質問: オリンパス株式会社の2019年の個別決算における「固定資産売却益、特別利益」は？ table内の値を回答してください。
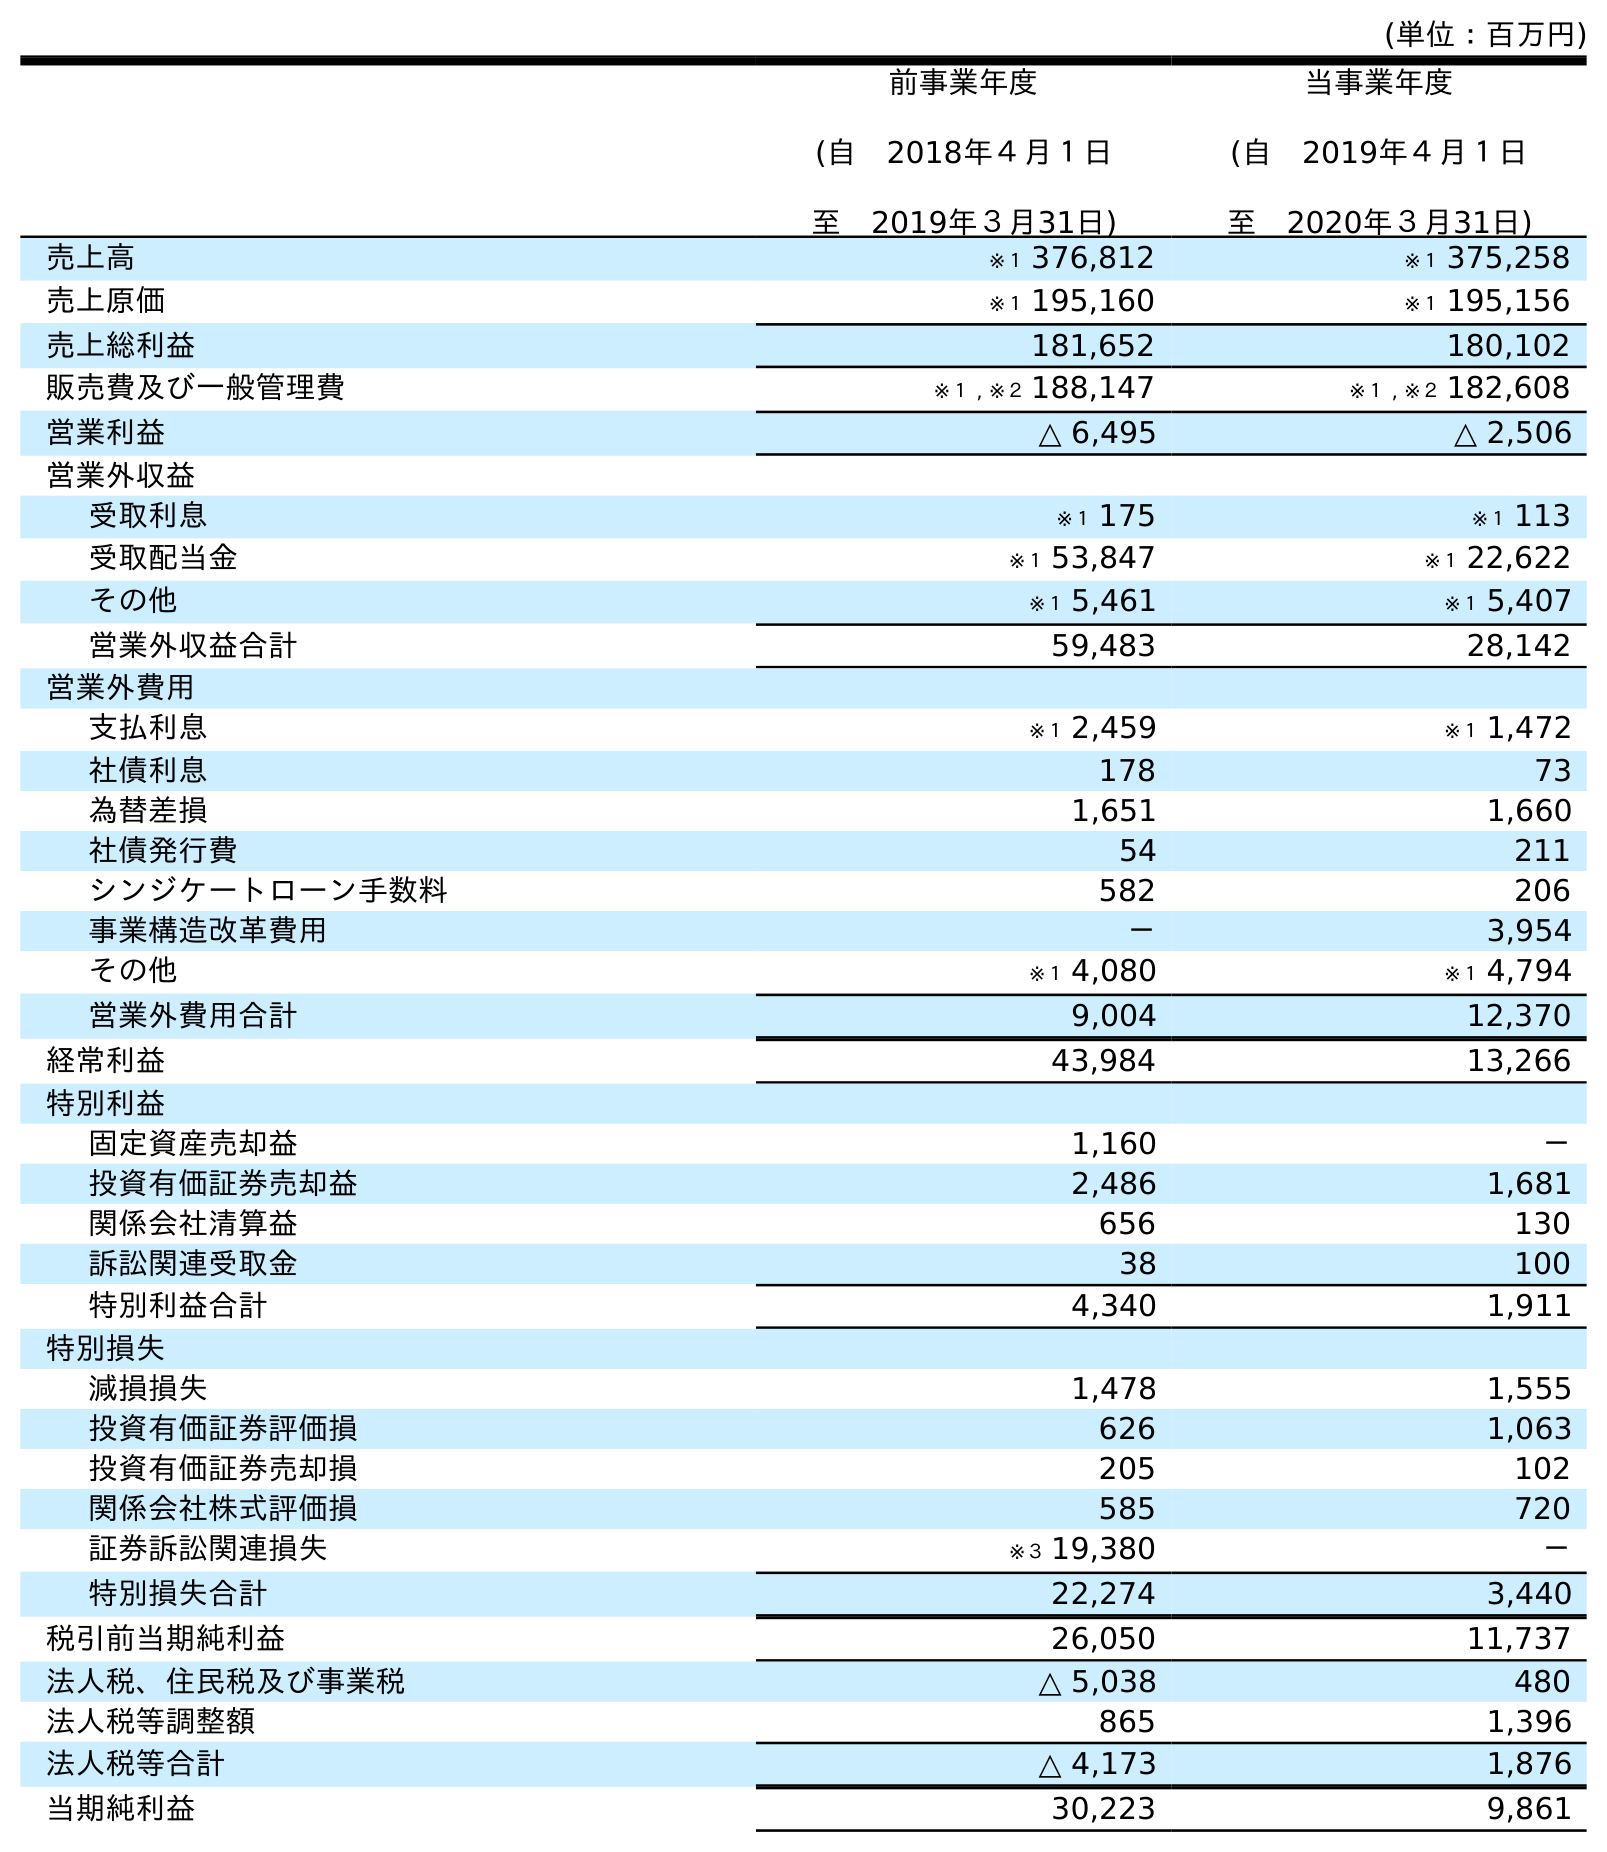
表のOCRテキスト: (単位：百万円) 前事業年度 (自 2018年４月１日 至 2019年３月31日) 当事業年度 (自 2019年４月１日 至 2020年３月31日) 売上高 ※１ 376,812 ※１ 375,258 売上原価 ※１ 195,160 ※１ 195,156 売上総利益 181,652 180,102 販売費及び一般管理費 ※１ , ※２ 188,147 ※１ , ※２ 182,608 営業利益 △ 6,495 △ 2,506 営業外収益 受取利息 ※１ 175 ※１ 113 受取配当金 ※１ 53,847 ※１ 22,622 その他 ※１ 5,461 ※１ 5,407 営業外収益合計 59,483 28,142 営業外費用 支払利息 ※１ 2,459 ※１ 1,472 社債利息 178 73 為替差損 1,651 1,660 社債発行費 54 211 シンジケートローン手数料 582 206 事業構造改革費用 － 3,954 その他 ※１ 4,080 ※１ 4,794 営業外費用合計 9,004 12,370 経常利益 43,984 13,266 特別利益 固定資産売却益 1,160 － 投資有価証券売却益 2,486 1,681 関係会社清算益 656 130 訴訟関連受取金 38 100 特別利益合計 4,340 1,911 特別損失 減損損失 1,478 1,555 投資有価証券評価損 626 1,063 投資有価証券売却損 205 102 関係会社株式評価損 585 720 証券訴訟関連損失 ※３ 19,380 － 特別損失合計 22,274 3,440 税引前当期純利益 26,050 11,737 法人税、住民税及び事業税 △ 5,038 480 法人税等調整額 865 1,396 法人税等合計 △ 4,173 1,876 当期純利益 30,223 9,861
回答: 1,160